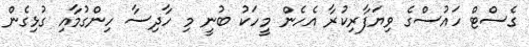
ގެސްޓް ހައުސްގެ ވިޔަފާރިކުރާ އެހެން މީހަކު ބުނީ މި ހާދިސާ ހިންގުމާއި ގުޅިގެން